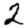
Digit: 2